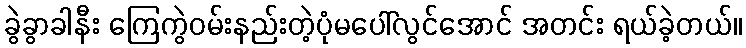
ခွဲခွာခါနီး ကြေကွဲဝမ်းနည်းတဲ့ပုံမပေါ်လွင်အောင် အတင်း ရယ်ခဲ့တယ်။